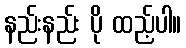
နည်းနည်း ပို ထည့်ပါ။